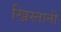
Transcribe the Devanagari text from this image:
ख्रिस्तानी